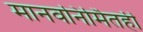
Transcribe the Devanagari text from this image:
मानवनिर्मितही